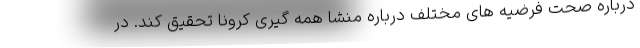
درباره صحت فرضیه های مختلف درباره منشا همه گیری کرونا تحقیق کند. در